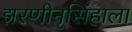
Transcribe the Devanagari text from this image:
झरणीनृसिंहाला